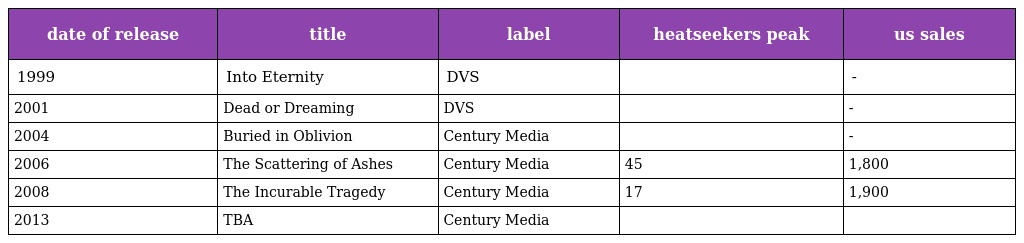
| date of release | title | label | heatseekers peak | us sales |
 | --- | --- | --- | --- | --- |
 | 1999 | Into Eternity | DVS |  | - |
 | 2001 | Dead or Dreaming | DVS |  | - |
 | 2004 | Buried in Oblivion | Century Media |  | - |
 | 2006 | The Scattering of Ashes | Century Media | 45 | 1,800 |
 | 2008 | The Incurable Tragedy | Century Media | 17 | 1,900 |
 | 2013 | TBA | Century Media |  |  |